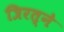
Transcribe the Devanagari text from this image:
त्रिरत्ने